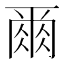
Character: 𫝃